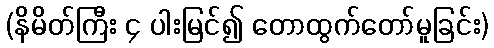
(နိမိတ်ကြီး ၄ ပါးမြင်၍ တောထွက်တော်မူခြင်း)